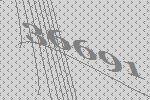
36691